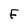
Character: F